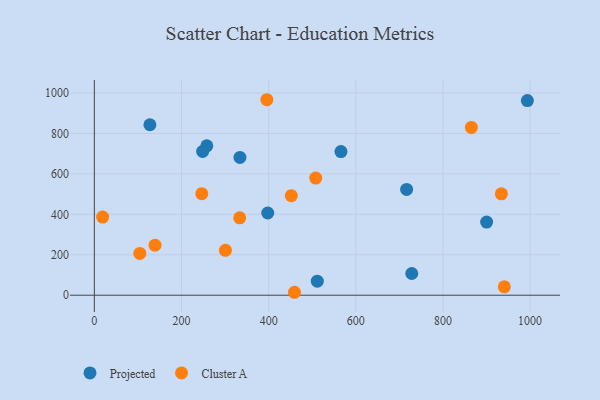
{"axis": {"x": "Price", "y": "Fuel Efficiency"}, "legend": ["Cluster A", "Projected"], "data": [{"x": "728.4", "y": 107.3, "type": "Projected"}, {"x": "900.2", "y": 361.8, "type": "Projected"}, {"x": "716.6", "y": 523.3, "type": "Projected"}, {"x": "258.0", "y": 738.7, "type": "Projected"}, {"x": "397.9", "y": 406.7, "type": "Projected"}, {"x": "127.5", "y": 843.2, "type": "Projected"}, {"x": "565.9", "y": 710.3, "type": "Projected"}, {"x": "248.5", "y": 711.4, "type": "Projected"}, {"x": "511.6", "y": 69.3, "type": "Projected"}, {"x": "993.7", "y": 962.6, "type": "Projected"}, {"x": "334.1", "y": 681.4, "type": "Projected"}, {"x": "300.8", "y": 222.0, "type": "Cluster A"}, {"x": "459.3", "y": 14.5, "type": "Cluster A"}, {"x": "940.8", "y": 41.3, "type": "Cluster A"}, {"x": "19.0", "y": 386.4, "type": "Cluster A"}, {"x": "395.9", "y": 966.9, "type": "Cluster A"}, {"x": "865.2", "y": 829.9, "type": "Cluster A"}, {"x": "333.5", "y": 382.9, "type": "Cluster A"}, {"x": "508.0", "y": 579.4, "type": "Cluster A"}, {"x": "246.5", "y": 502.1, "type": "Cluster A"}, {"x": "139.2", "y": 247.5, "type": "Cluster A"}, {"x": "934.0", "y": 501.6, "type": "Cluster A"}, {"x": "452.0", "y": 492.2, "type": "Cluster A"}, {"x": "104.3", "y": 206.7, "type": "Cluster A"}]}